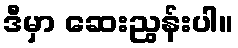
ဒီမှာ ဆေးညွန်းပါ။